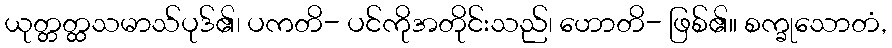
ယုတ္တတ္ထသမာသ်ပုဒ်၏၊ ပကတိ- ပင်ကိုအတိုင်းသည်၊ ဟောတိ- ဖြစ်၏။ စက္ခုသောတံ,